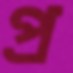
প্র